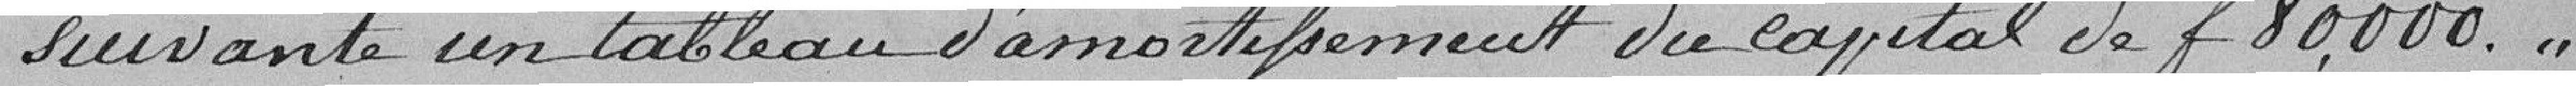
suivante un tableau d'amortissement de capital de 80.000 francs